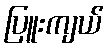
ပြူးကျယ်